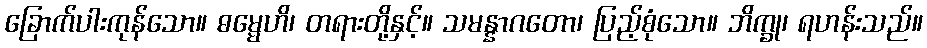
ခြောက်ပါးကုန်သော။ ဓမ္မေဟိ၊ တရားတို့နှင့်။ သမန္နာဂတော၊ ပြည့်စုံသော။ ဘိက္ခု၊ ရဟန်းသည်။